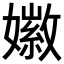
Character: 𪦩